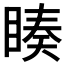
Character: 𭿅